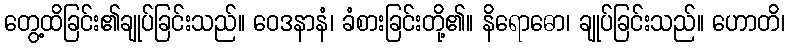
တွေ့ထိခြင်း၏ချုပ်ခြင်းသည်။ ဝေဒနာနံ၊ ခံစားခြင်းတို့၏။ နိရောဓော၊ ချုပ်ခြင်းသည်။ ဟောတိ၊